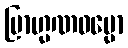
ဗြာဟ္မဏဓမ္မော